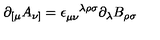
\partial _ { [ \mu } A _ { \nu ] } = \epsilon _ { \mu \nu } ^ { \phantom { \mu \nu } \lambda \rho \sigma } \partial _ { \lambda } B _ { \rho \sigma }